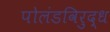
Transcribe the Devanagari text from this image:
पोलंडविरुद्ध